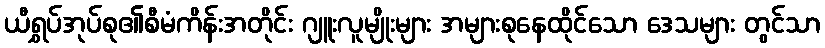
ယီရွှပ်အုပ်စု၏စီမံကိန်းအတိုင်း ဂျူးလူမျိုးများ အများစုနေထိုင်သော ဒေသများ တွင်သာ